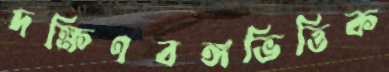
দক্ষিণবঙ্গভিত্তিক